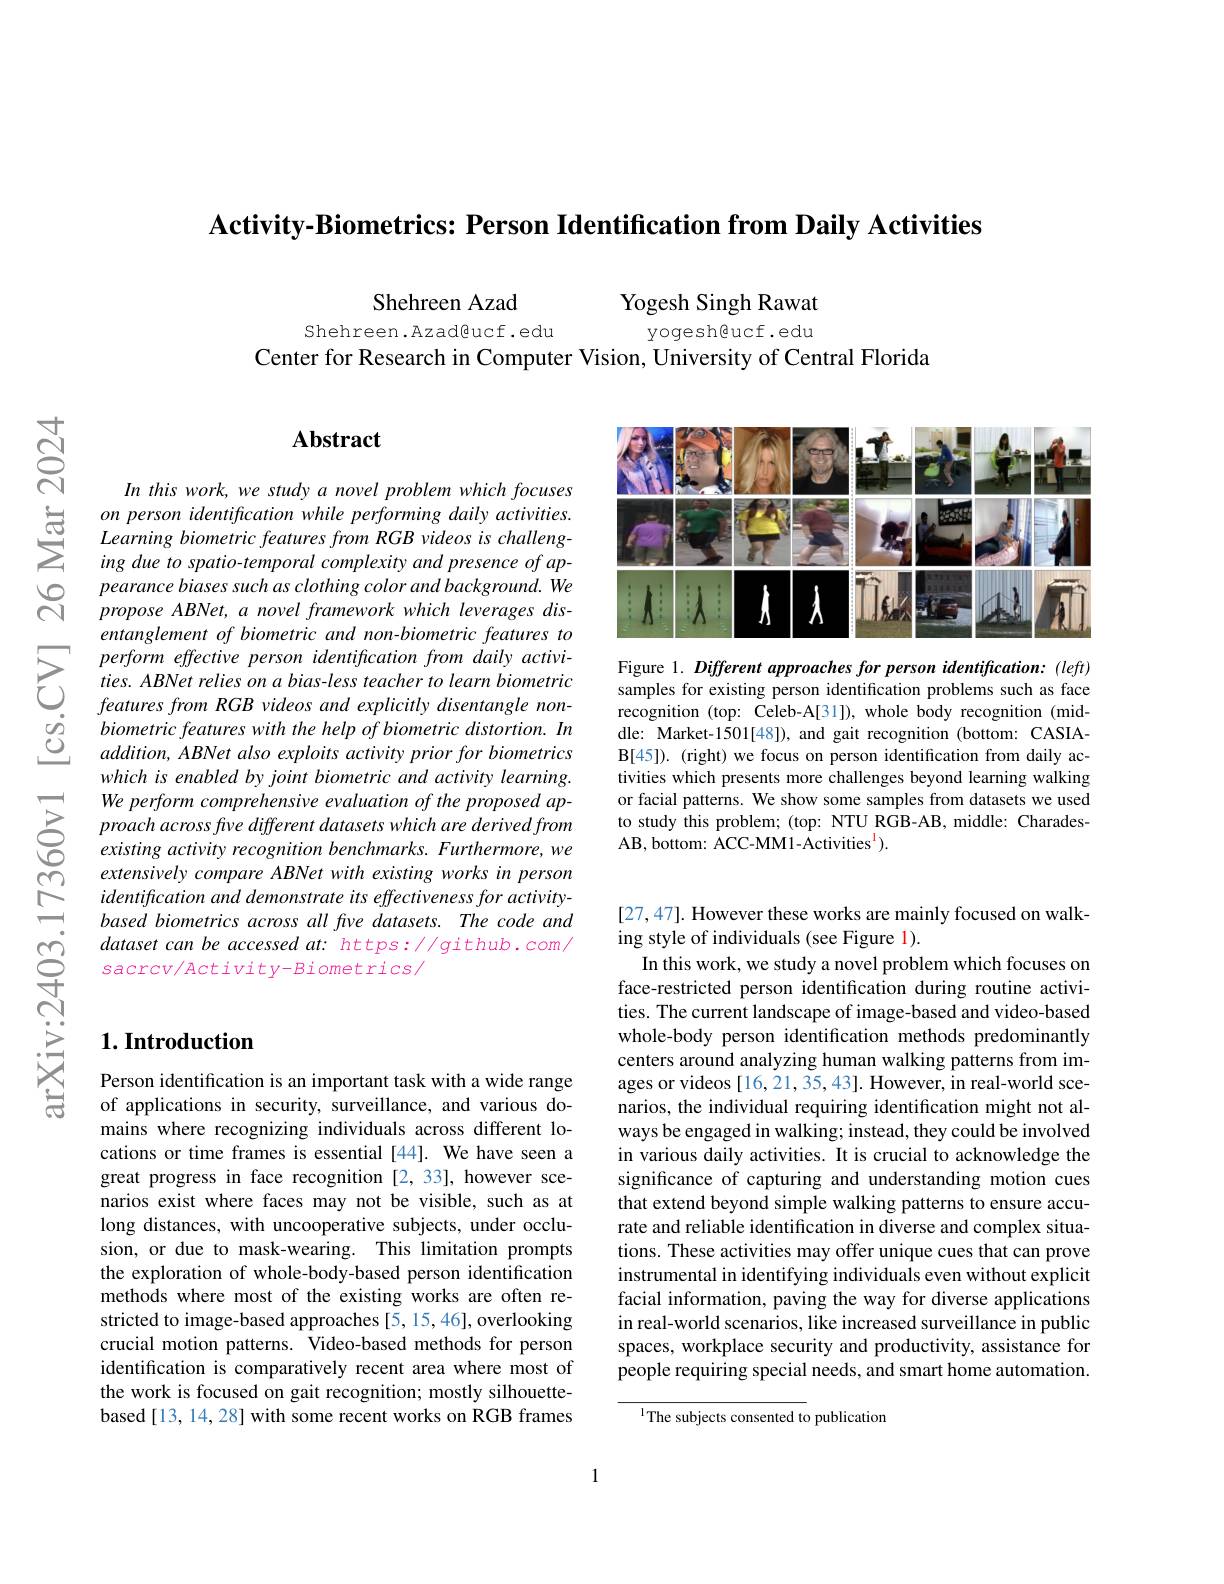
Activitv-Biometrics: Person Identification from Dailv Activities

Shehreen Azad

Yogesh Singh Rawat

yogesh@ucf.edu

Shehreen.Azad@ucf.edu
Center for Research in Computer Vision, University of Central Florida

## $\mathbf{Abstract}$

In this work, we study a novel problem which focuses on person identification while performing daily activities. Learning biometric features from RGB videos is challenging due to spatio-temporal complexity and presence of appearance biases such as clothing color and background. We propose ABNet, a novel framework which leverages disentanglement of biometric and non-biometric features to
$\sum_{\begin{array}{lll}&\text{perform effective person identification from daily activi-1}\\&\text{ties. ABNet relies on a bias-less teacher to learn biometric}\\&\text{features from RGB videos and explicitly disentangle non-}\end{array}}$ $\begin{array}{llll}&features\:from\:RGB\:videos\:and\:explicitly\end{array}$
which is enabled by joint biometric and activity learning. We perform comprehensive evaluation of the proposed approach across five different datasets which are derived from existing activity recognition benchmarks. Furthermore, we extensively compare ABNet with existing works in person identification and demonstrate its effectiveness for activitybased biometrics across all frve datasets. The code and dataset can be accessed at: https: / github. com/ $sacrcv/Activity-Biometrics/$

<FigureHere>

Figure 1. Different approaches for person identification: (left) samples for existing person identification problems such as face recognition (top: Celeb-A[31]), whole body recognition (middle: Market-1501[48]), and gait recognition (bottom: CASIAB[45]). (right) we focus on person identification from daily activities which presents more challenges beyond learning walking or facial patterns. We show some samples from datasets we used to study this problem; (top: NTU RGB-AB, middle: CharadesAB, bottom: ACC-MM1-Activities$^{\mathrm{l}}).$

[27,47]. However these works are mainly focused on walk-
ing style of individuals (see Figure 1).
In this work, we study a novel problem which focuses on face-restricted person identification during routine activities. The current landscape of image-based and video-based whole-body person identification methods predominantly centers around analyzing human walking patterns from images or videos [16,21,35,43]. However, in real-world scenarios, the individual requiring identification might not always be engaged in walking; instead, they could be involved in various daily activities. It is crucial to acknowledge the significance of capturing and understanding motion cues that extend beyond simple walking patterns to ensure accurate and reliable identification in diverse and complex situations. These activities may offer unique cues that can prove instrumental in identifying individuals even without explicit facial information, paving the way for diverse applications in real-world scenarios, like increased surveillance in public spaces, workplace security and productivity, assistance for people requiring special needs, and smart home automation.

1The subjects consented to publication

## $1. \textbf{Introduction}$

Person identification is an important task with a wide range of applications in security, surveillance, and various domains where recognizing individuals across different locations or time frames is essential [44]. We have seen a great progress in face recognition [2,33], however scenarios exist where faces may not be visible, such as at long distances, with uncooperative subjects, under occlusion, or due to mask-wearing. This limitation prompts the exploration of whole-body-based person identification methods where most of the existing works are often restricted to image-based approaches [5,15,46], overlooking crucial motion patterns. Video-based methods for person identification is comparatively recent area where most of the work is focused on gait recognition; mostly silhouettebased[13,14,28] with some recent works on RGB frames

1